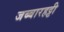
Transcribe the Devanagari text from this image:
जब्‍बारहट्टी